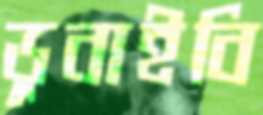
ডুবাইবি